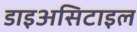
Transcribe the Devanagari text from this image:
डाइअसिटाइल